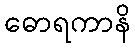
ဓောရကာနိ